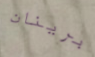
برينان